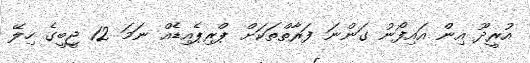
އުރީދޫ އިން އައިފޯނު ގަންނަ ފަރާތްތަކަށް ޕްރިޕެއިޑެއް ނަމަ 12 ޖީބީގެ ހިލޭ